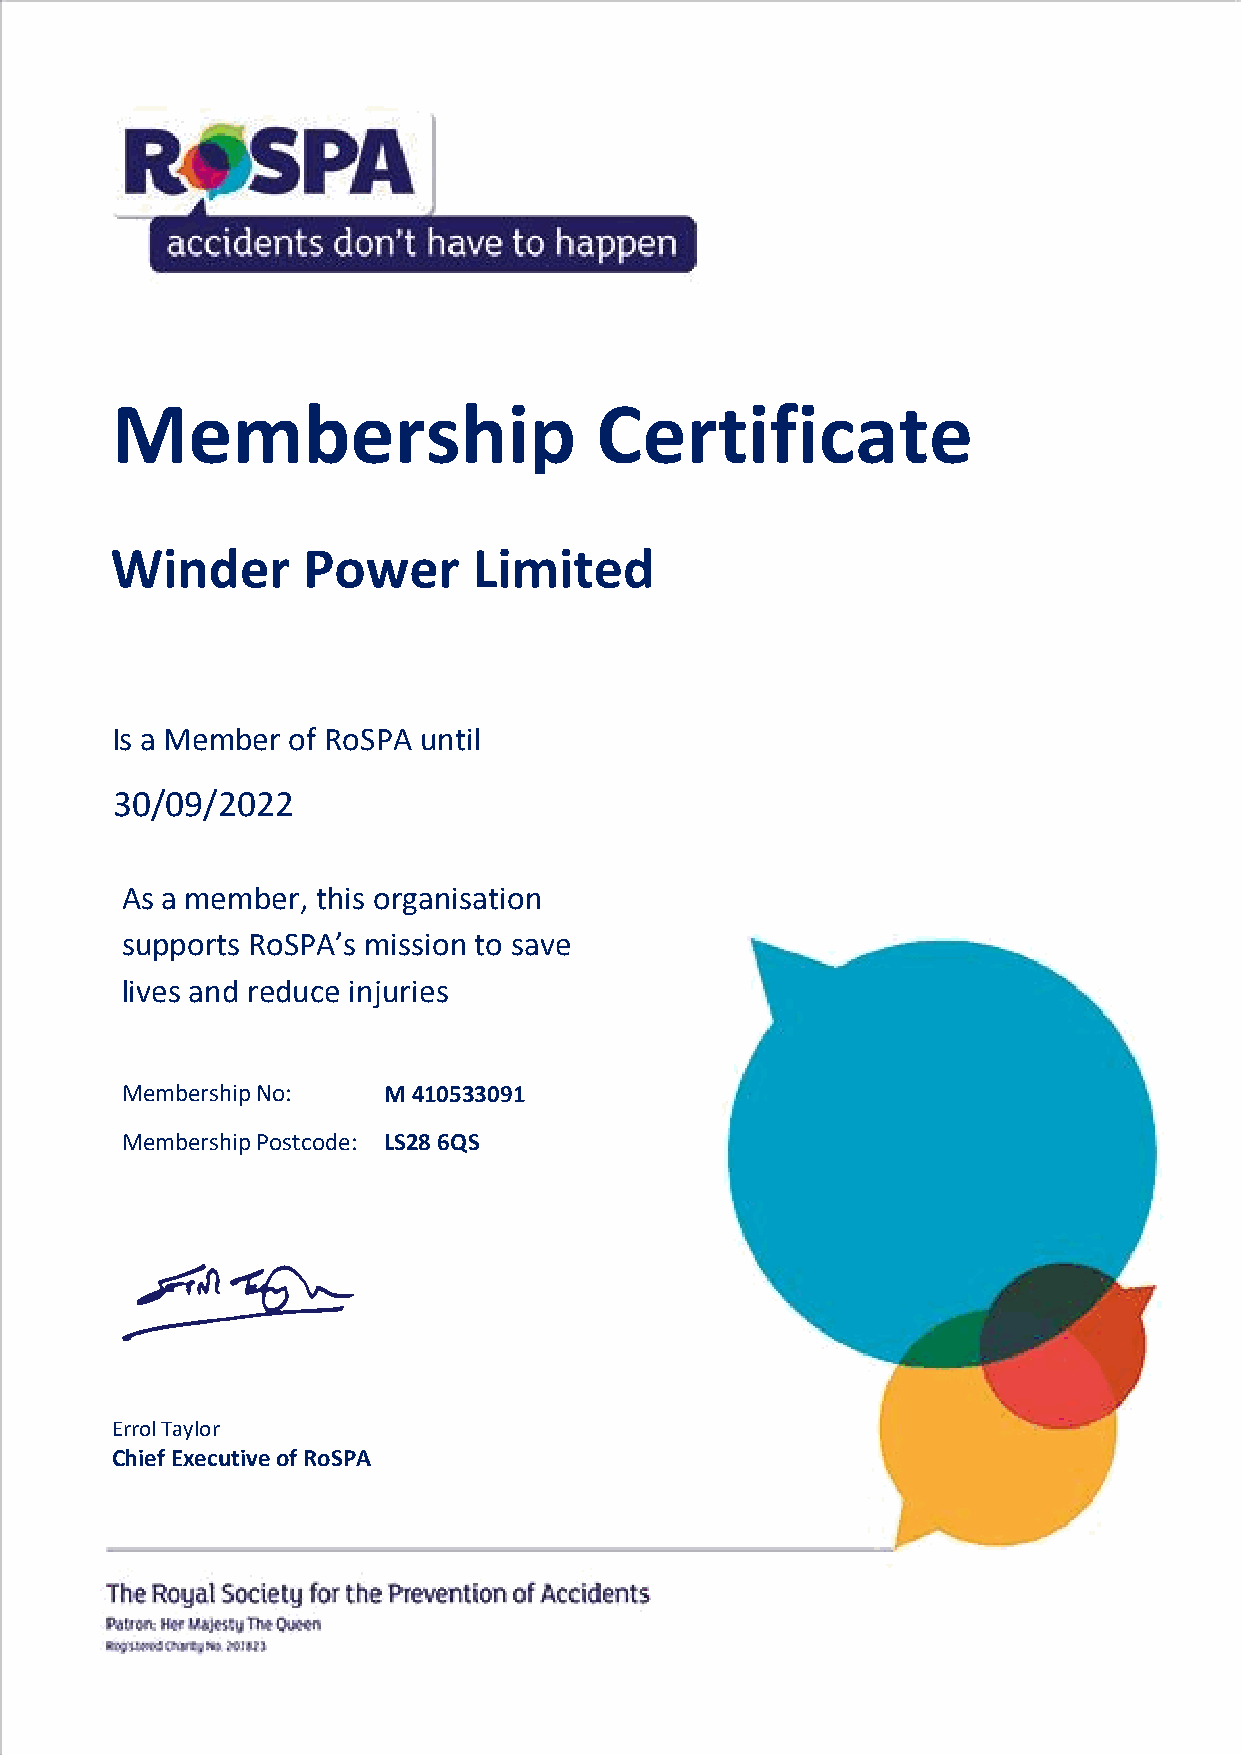
Membership                      Certificate
 Winder       Power      Limited
 Is a Member of RoSPA until
 30 /09/2022
 As a member, this organisation
 supports RoSPA’s mission to save
 lives and reduce injuries
 Membership No:   M 410533091
 Date of Issue
 Membership Postcode: LS28 6QS
 Errol Taylor
 Chief Executive of RoSPA